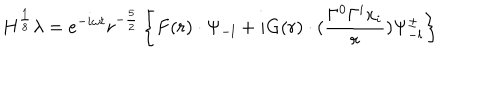
LaTeX: H ^ { \frac { 1 } { 8 } } \lambda = e ^ { - i \omega t } r ^ { - \frac { 5 } { 2 } } \left\{ F ( r ) \cdot \Psi _ { - l } + i G ( r ) \cdot ( \frac { \Gamma ^ { 0 } \Gamma ^ { i } x _ { i } } { r } ) \Psi _ { - l } ^ { \pm } \right\}